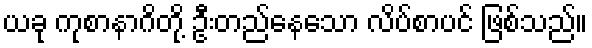
ယခု ကုစာနာဂိတို့ ဦးတည်နေသော လိပ်စာပင် ဖြစ်သည်။